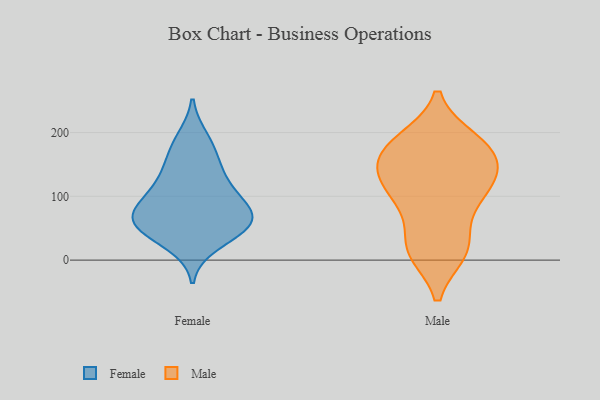
{"axis": {"x": "Market Share (%)", "y": "Value"}, "legend": ["Female", "Male"], "data": [{"x": "", "y": 173, "type": "Female"}, {"x": "", "y": 60, "type": "Female"}, {"x": "", "y": 57, "type": "Female"}, {"x": "", "y": 144, "type": "Female"}, {"x": "", "y": 93, "type": "Female"}, {"x": "", "y": 190, "type": "Female"}, {"x": "", "y": 82, "type": "Female"}, {"x": "", "y": 51, "type": "Female"}, {"x": "", "y": 26, "type": "Female"}, {"x": "", "y": 81, "type": "Female"}, {"x": "", "y": 54, "type": "Female"}, {"x": "", "y": 130, "type": "Female"}, {"x": "", "y": 111, "type": "Female"}, {"x": "", "y": 56, "type": "Female"}, {"x": "", "y": 77, "type": "Male"}, {"x": "", "y": 109, "type": "Male"}, {"x": "", "y": 125, "type": "Male"}, {"x": "", "y": 180, "type": "Male"}, {"x": "", "y": 114, "type": "Male"}, {"x": "", "y": 140, "type": "Male"}, {"x": "", "y": 176, "type": "Male"}, {"x": "", "y": 188, "type": "Male"}, {"x": "", "y": 14, "type": "Male"}, {"x": "", "y": 141, "type": "Male"}, {"x": "", "y": 186, "type": "Male"}, {"x": "", "y": 20, "type": "Male"}, {"x": "", "y": 13, "type": "Male"}, {"x": "", "y": 89, "type": "Male"}, {"x": "", "y": 143, "type": "Male"}, {"x": "", "y": 169, "type": "Male"}, {"x": "", "y": 19, "type": "Male"}]}